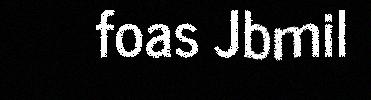
foas Jbmil